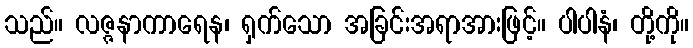
သည်။ လဇ္ဇနာကာရေန၊ ရှက်သော အခြင်းအရာအားဖြင့်။ ပါပါနံ၊ တို့ကို။